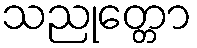
သညုတ္တော